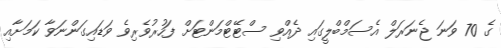
ގެ 70 ވަނަ ޖެނަރަލް އެސަމްބްލީގައި ދެއްވި ސްޓޭޓްމަންޓަށް ފަހުރުވެރިވެ ވަޑައިގަންނަވާ ކަމަށާއި